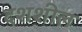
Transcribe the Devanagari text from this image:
दशशील